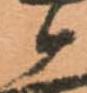
ケ